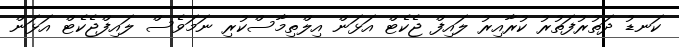
ކަނޑު ދަތުރުފަތުރު ކުރާއިރު ލައިފް ޖެކެޓް އަޅަން އިލްތިމާސްކުރި ނަމަވެސް ލައިފްޖެކެޓް އަޅަން